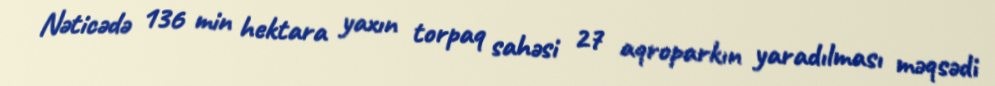
Nəticədə 136 min hektara yaxın torpaq sahəsi 27 aqroparkın yaradılması məqsədi